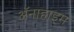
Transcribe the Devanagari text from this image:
ॲनाहाइम